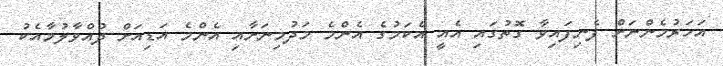
އަހަރުމެންނަށް ފެނިފައިވާ ގޮތުގައި އެއީ އެކަމުގެ އެންމެ މަދުމިނަށާއި އެންމެ އަޑިއަށް ދުއްވާލުމާއެކު